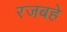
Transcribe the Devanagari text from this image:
रजबहे